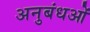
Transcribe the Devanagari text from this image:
अनुबंधओं